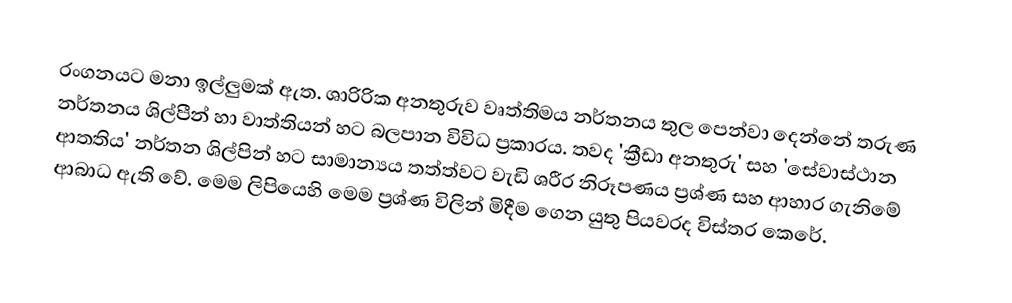
රංගනයට මනා ඉල්ලුමක් ඇත. ශාරිරික අනතුරුව වෘත්තිමය නර්තනය තුල පෙන්වා දෙන්නේ තරුණ නර්තනය ශිල්පීන් හා වාත්තියන් හට බලපාන විවිධ ප්‍රකාරය. තවද 'ක්‍රීඩා අනතුරු' සහ 'සේවාස්ථාන ආතතිය' නර්තන ශිල්පින් හට සාමාන්‍යය තත්ත්වට වැඩි ශරීර නිරූපණය ප්‍රශ්ණ සහ ආහාර ගැනිමේ ආබාධ ඇති වේ. මෙම ලිපියෙහි මෙම ප්‍රශ්ණ විලින් මිදීම ගෙන යුතු ‍පියවරද විස්තර කෙරේ.